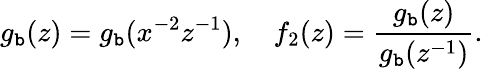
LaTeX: g_{\mathtt{b}}(z)=g_{\mathtt{b}}(x^{-2}z^{-1}),~~~~f_{2}(z)=\frac{{g_{\mathtt{b}}(z)}}{{g_{\mathtt{b}}(z^{-1})}}.